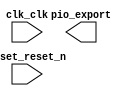

module bluemax_platform (
	clk_clk,
	pio_export,
	reset_reset_n);	

	input		clk_clk;
	output	[7:0]	pio_export;
	input		reset_reset_n;
endmodule